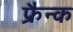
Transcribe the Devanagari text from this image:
फ्रैन्क